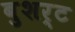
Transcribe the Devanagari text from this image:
बुशर्ट